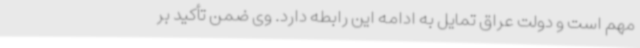
مهم است و دولت عراق تمایل به ادامه این رابطه دارد. وی ضمن تأکید بر